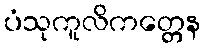
ပံသုကူလိကတ္တေန